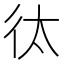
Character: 㣖